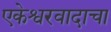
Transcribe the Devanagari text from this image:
एकेश्वरवादाचा